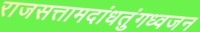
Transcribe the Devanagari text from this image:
राजसत्तामदांधतुंगध्वजन